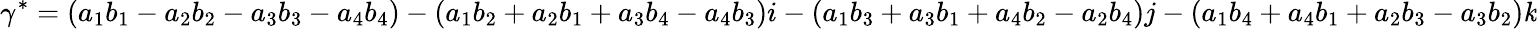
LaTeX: \gamma^{*}=(a_{1}b_{1}-a_{2}b_{2}-a_{3}b_{3}-a_{4}b_{4})-(a_{1}b_{2}+a_{2}b_{1}+a_{3}b_{4}-a_{4}b_{3})i-(a_{1}b_{3}+a_{3}b_{1}+a_{4}b_{2}-a_{2}b_{4})j-(a_{1}b_{4}+a_{4}b_{1}+a_{2}b_{3}-a_{3}b_{2})\mathit{k}